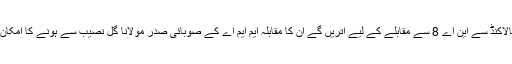
وہ مالاکنڈ سے این اے 8 سے مقابلے کے لیے اتریں گے ان کا مقابلہ ایم ایم اے کے صوبائی صدر مولانا گل نصیب سے ہونے کا امکان ہے۔